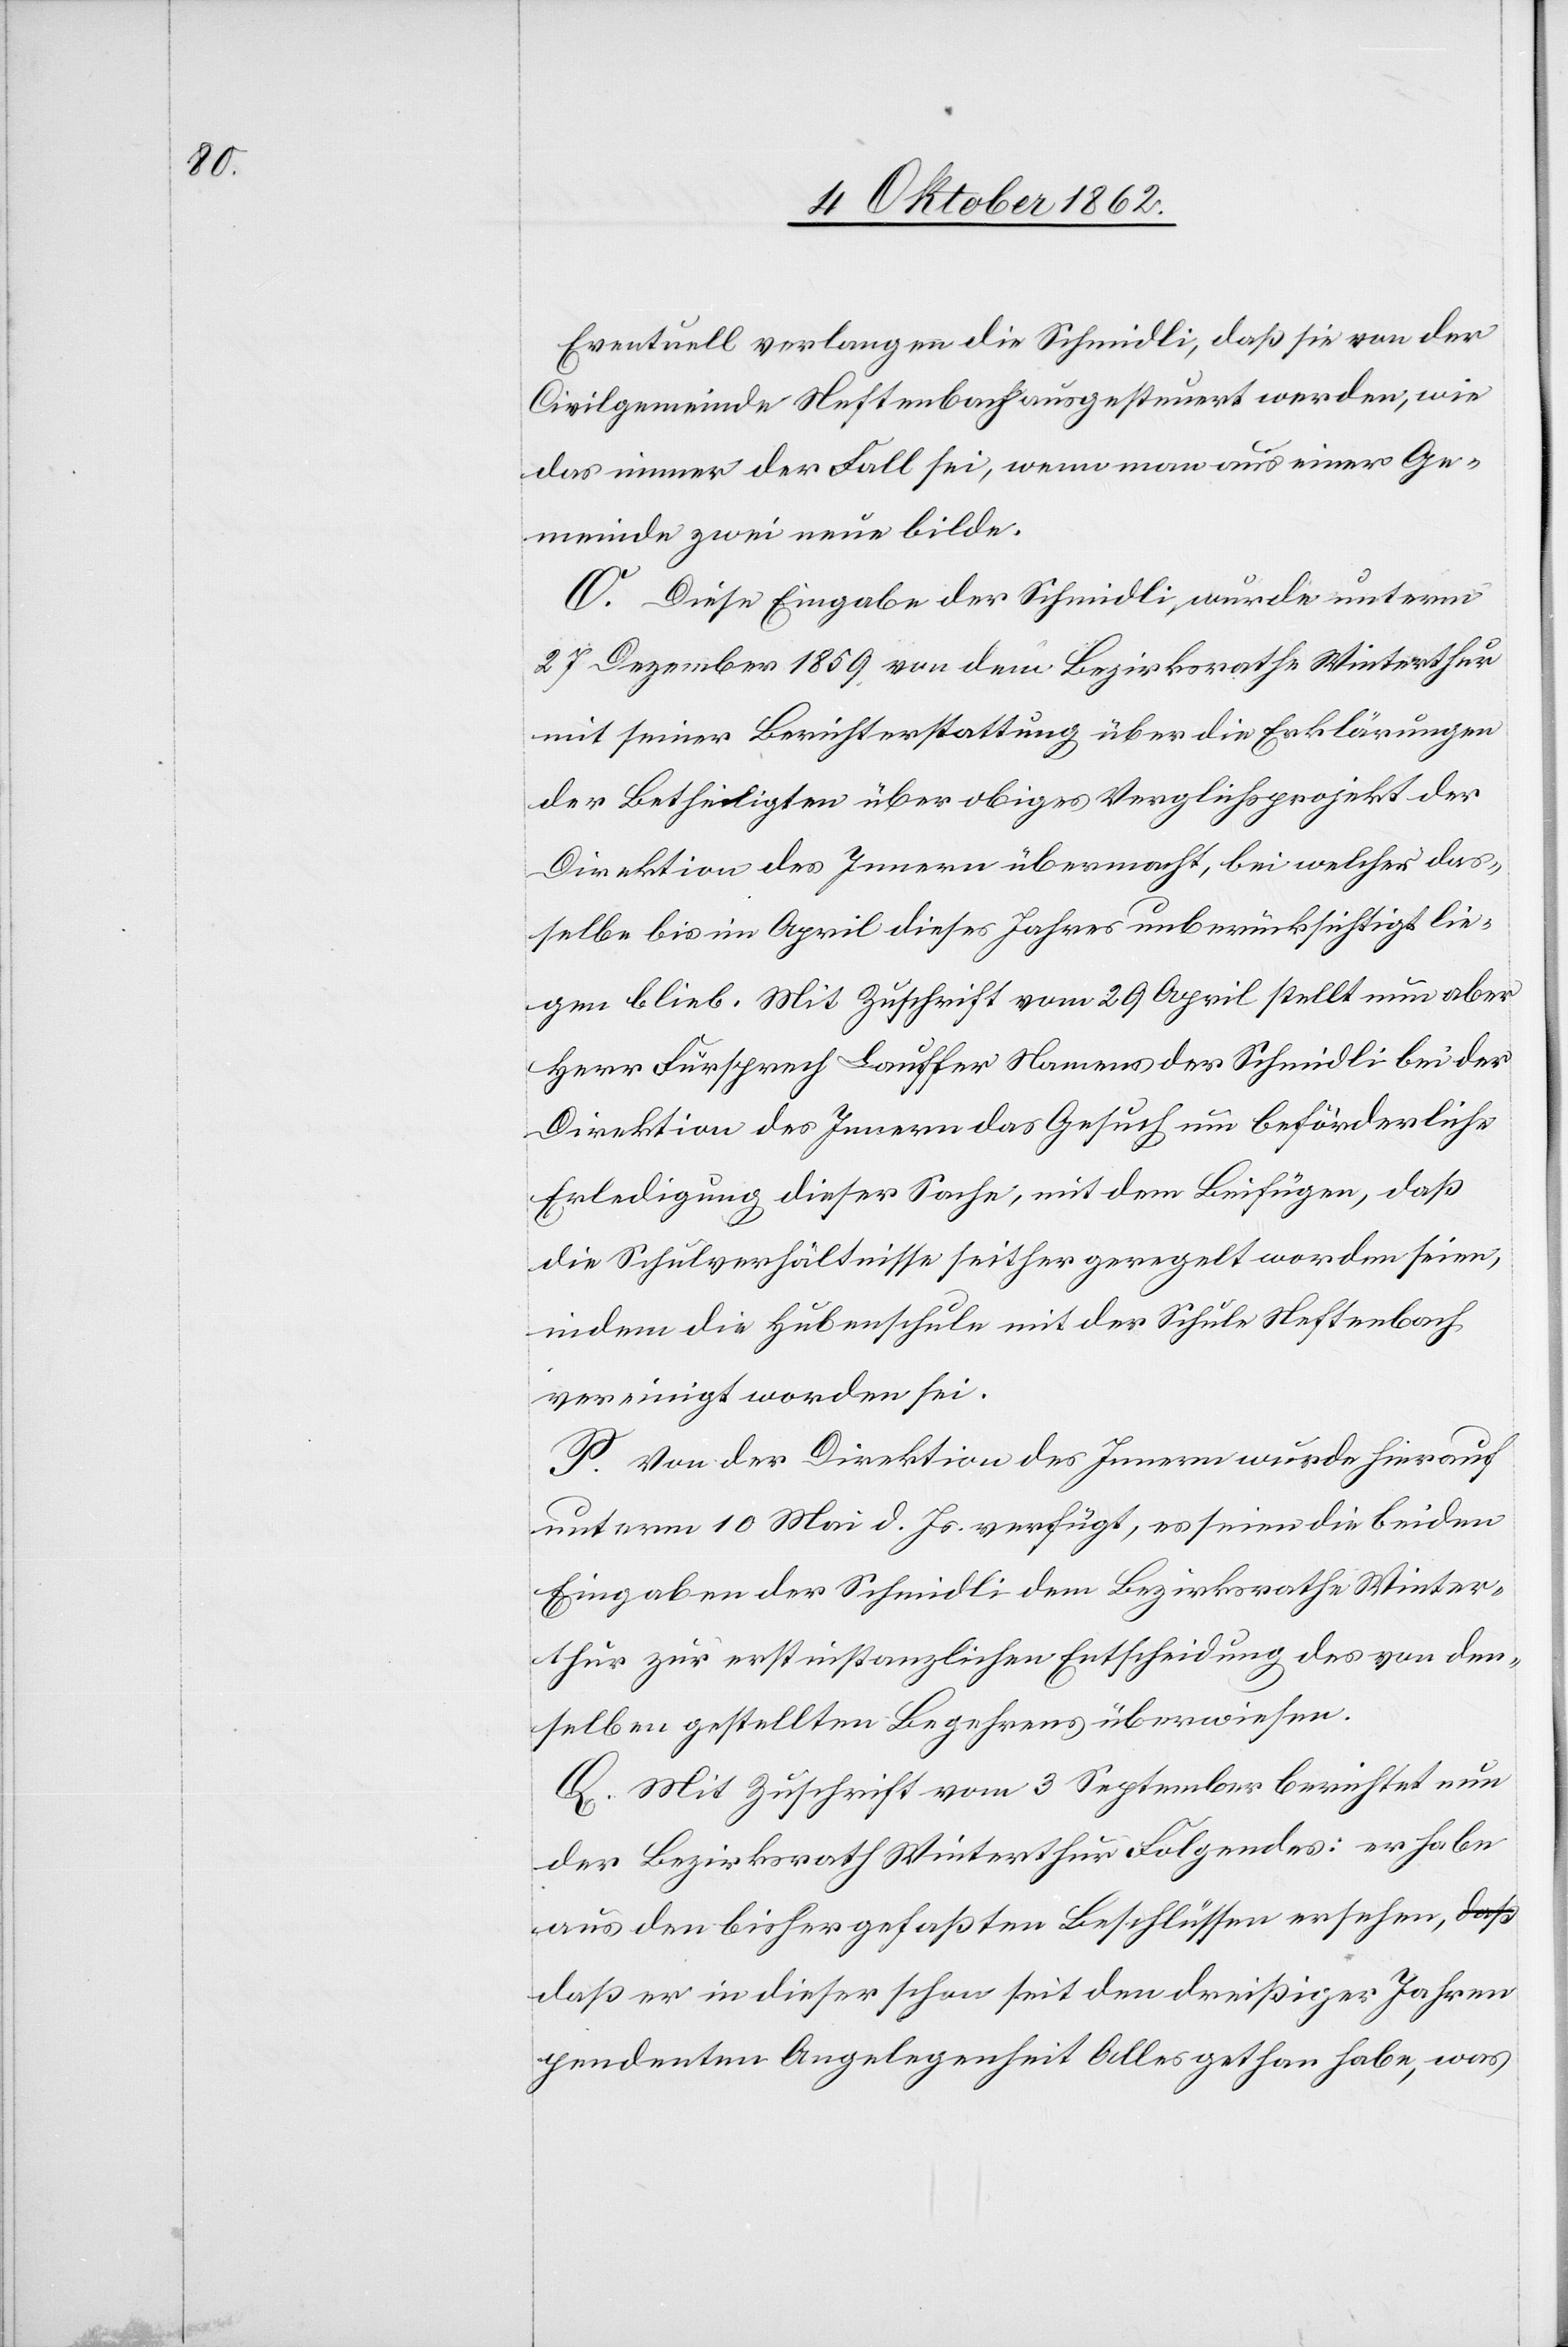
Eventuell verlangen die Schmidli, daß sie von der
Civilgemeinde Neftenbach ausgesteuert werden, wie
das immer der Fall sei, wenn man aus einer Ge¬
meinde zwei neue bilde.
O. Diese Eingabe der Schmidli wurde unterm
27. Dezember 1859 von dem Bezirksrathe Winterthur
mit seiner Berichterstattung über die Erklärungen
der Betheiligten über obiges Verglichsprojekt der
Direktion des Innern übermacht, bei welcher das¬
selbe bis im April dieses Jahres unberücksichtigt lie¬
gen blieb. Mit Zuschrift vom 29. April stellt nun aber
Herr Fürsprech Lauffer Namens des Schmidli bei der
Direktion des Innern das Gesuch um beförderliche
Erledigung dieser Sache, mit dem Beifügen, daß
die Schulverhältnisse seither geregelt worden seien,
indem die Hubenschule mit der Schule Neftenbach
vereinigt worden sei.
P. Von der Direktion des Innern wurde hierauf
unterm 10. Mai d. Js. verfügt, es seien die beiden
Eingaben der Schmidli dem Bezirksrathe Winter¬
thur zur erstinstanzlichen Entscheidung des von dem¬
selben gestellten Begehrens überwiesen.
Q. Mit Zuschrift vom 3. September berichtet nun
der Bezirksrath Winterthur Folgendes: er haben
aus den bisher gefaßten Beschlüssen ersehen,
daß er in dieser schon seit den dreißiger Jahren
pendenten Angelegenheit Alles gethan habe, was